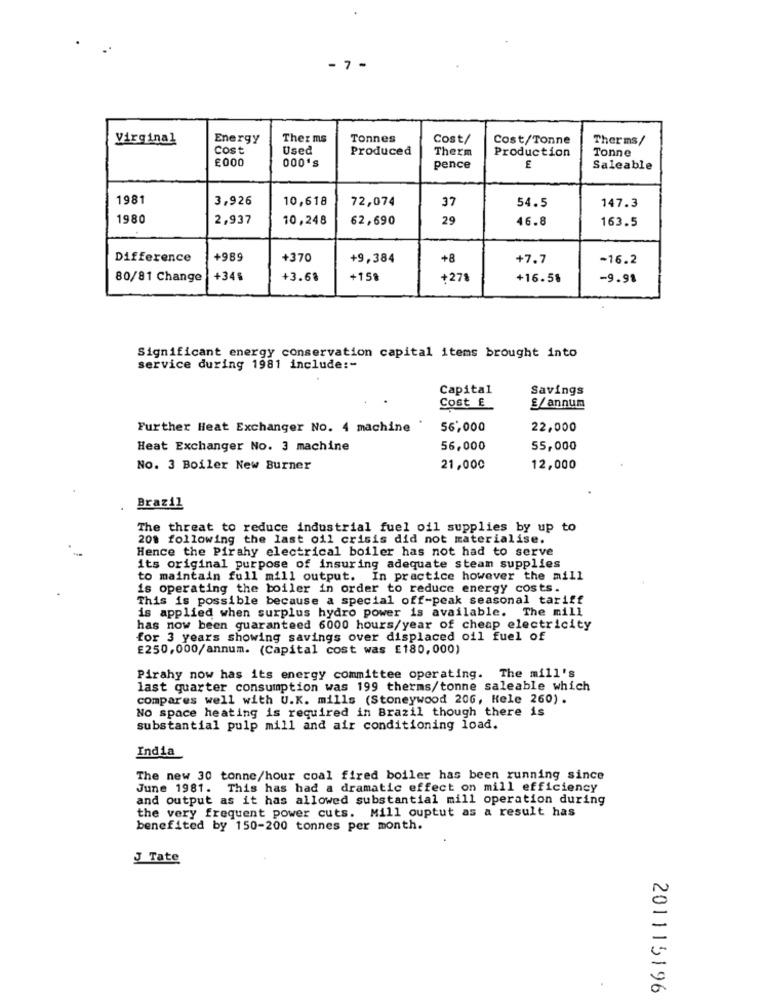
- 7 -
Virginal
Energy
Ther ms
Tonnes
Cost/
Cost/Tonne
Therms/
cost
Used
Produced
Production
Tonne
£000
Therm
000'
pence
Saleable
1981
3,926
10,618
72,074
37
54.5
147.3
1980
2,937
10,248
62,690
29
46.8
163.5
Difference
+989
+370
+9,384
+8
+7.7
-16.2
80/81 Change
+34$
+3.68
+158
+278
+16.58
-9.98
Significant energy conservation capital items brought into
service during 1981 include :-
Capital
Savings
Cost E
£/annum
Further Heat Exchanger No. 4 machine "
56,000
22,000
Heat Exchanger No. 3 machine
56,000
55,000
No. 3 Boiler New Burner
21,000
12,000
Brazil
The threat to reduce industrial fuel oil supplies by up to
20% following the last oil crisis did not materialise.
Hence the Pirahy electrical boiler has not had to serve
its original purpose of insuring adequate steam supplies
to maintain full mill output. In practice however the mill
is operating the boiler in order to reduce energy costs.
This is possible because a special off-peak seasonal tariff
is applied when surplus hydro power is available. The mill
has now been guaranteed 6000 hours/year of cheap electricity
for 3 years showing savings over displaced oil fuel of
£250,000/annum. (Capital cost was E180,000)
Pirahy now has its energy committee operating. The mill's
last quarter consumption was 199 therms/tonne saleable which
compares well with U.K. mills (Stoneywood 20G, Hele 260).
No space heating is required in Brazil though there is
substantial pulp mill and air conditioning load.
India
The new 30 tonne/hour coal fired boiler has been running since
June 1981. This has had a dramatic effect on mill efficiency
and output as it has allowed substantial mill operation during
the very frequent power cuts. Mill ouptut as a result has
benefited by 150-200 tonnes per month.
J Tate
201115196